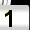
Digit: 1